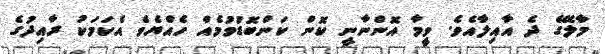
މާލޭގެ ދެ އާއިލާއެވެ. ވީމާ އޮންނާނީ ކޮން ކަންބޮޑުވުމެއް ހެއްޔެވެ އެކަމަކު ރާއިދުގެ